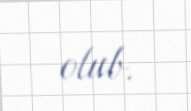
olub.